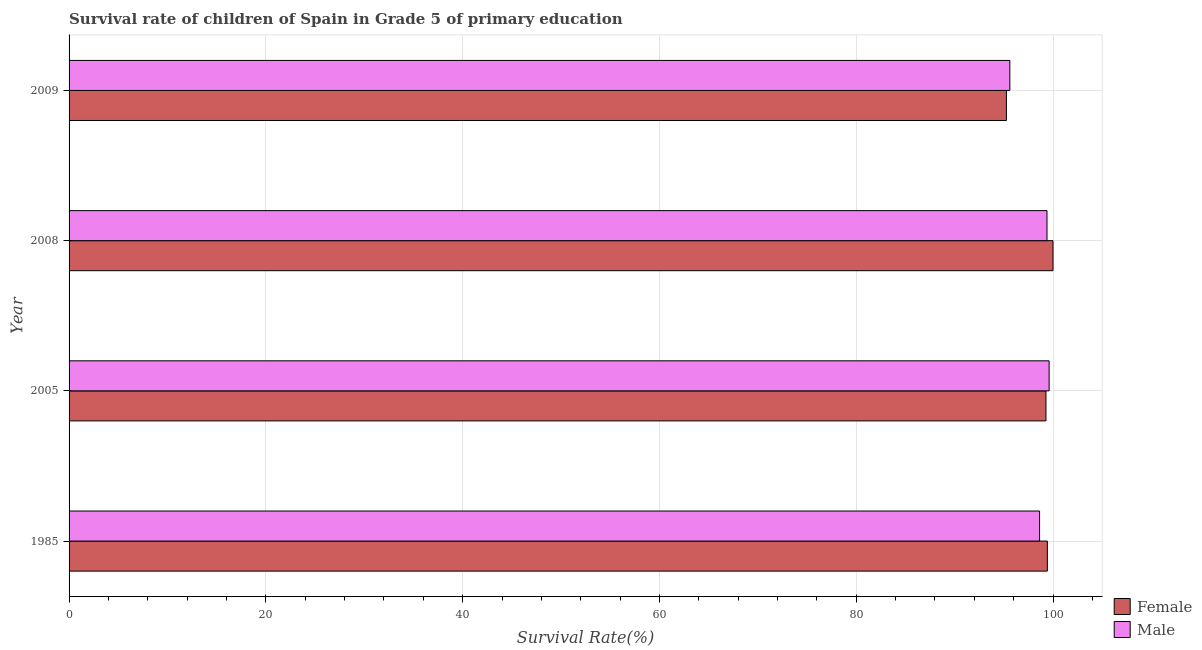
| Year | Female | Male |
 | --- | --- | --- |
 | 1985 | 99.4 | 98.6 |
 | 2005 | 99.3 | 99.6 |
 | 2008 | 100 | 99.4 |
 | 2009 | 95.3 | 95.6 |